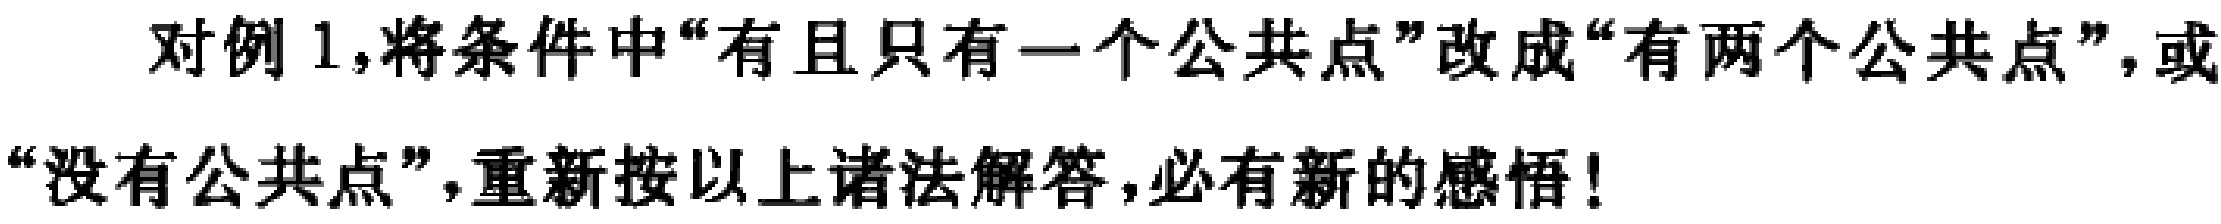
对例 1,将条件中“有且只有一个公共点”改成“有两个公共点”，或“没有公共点”，重新按以上诸法解答，必有新的感悟！